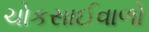
ચોકસાઈવાળો